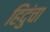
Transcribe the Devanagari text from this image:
हिंदुंचा